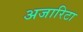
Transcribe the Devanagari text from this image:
अजारिटा